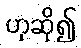
ဟုဆို၍